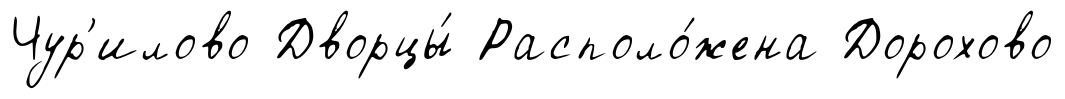
Чур'илово Дворцы́ Располо́жена Дорохово